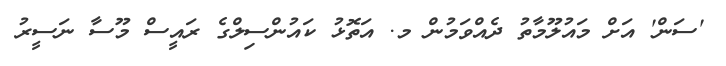
'ސަން' އަށް މައުލޫމާތު ދެއްވަމުން މ. އަތޮޅު ކައުންސިލްގެ ރައީސް މޫސާ ނަސީރު